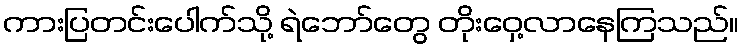
ကားပြတင်းပေါက်သို့ ရဲဘော်တွေ တိုးဝှေ့လာနေကြသည်။